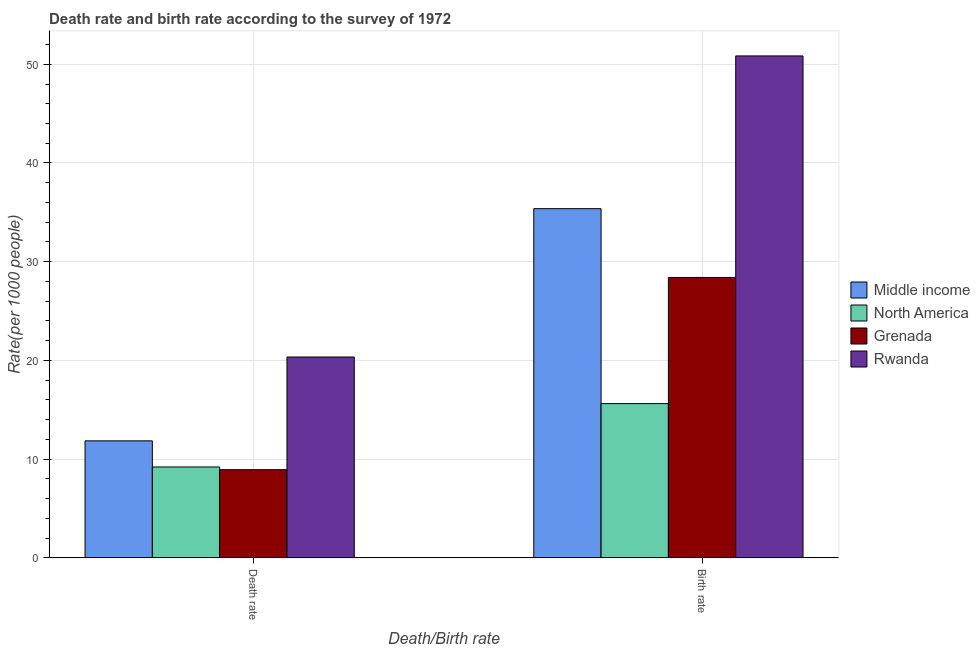
| Death/Birth rate | Middle income | North America | Grenada | Rwanda |
 | --- | --- | --- | --- | --- |
 | Death rate | 11.9 | 9.21 | 8.94 | 20.3 |
 | Birth rate | 35.4 | 15.6 | 28.4 | 50.8 |